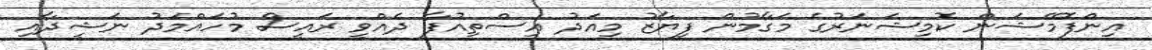
އިންފޮމޭޝަން ކޮމިޝަނަރުގެ މަގާމުން ފިޔާޒު މިއަދު އިސްތިއުފާ ދެއްވީ ރައީސް މުހައްމަދު ނަޝީދާއި